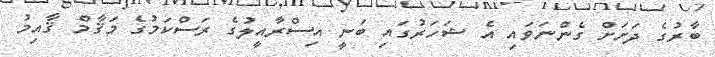
ބާރުގެ ދަށަށް ގެންނަވައި އެ ޝަހަރުގައި ބަނީ އިސްރާއީލުގެ ރަސްކަމުގެ މަޤާމް ޤާއިމު